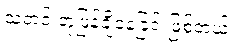
သတင်းတုဖြန့်ချိနေခြင်းဖြစ်တယ်။